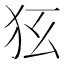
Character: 𤝃